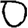
Digit: 0